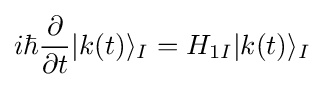
i\hbar {\frac {\partial }{\partial t}}|k(t)\rangle _{I}=H_{1I}|k(t)\rangle _{I}